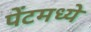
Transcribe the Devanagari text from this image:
पेंटमध्ये